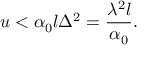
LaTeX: u < \alpha _ { 0 } l \Delta ^ { 2 } = \frac { \lambda ^ { 2 } l } { \alpha _ { 0 } } .